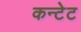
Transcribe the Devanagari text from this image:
कन्टेट